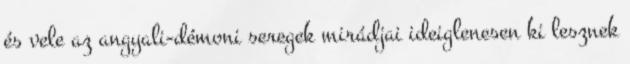
és vele az angyali-démoni seregek mirádjai ideiglenesen ki lesznek